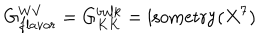
G _ { f l a v o r } ^ { W V } = G _ { K K } ^ { b u l k } = \mathrm { i s o m e t r y } ( X ^ { 7 } )